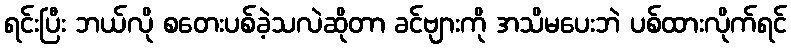
ရင်းပြီး ဘယ်လို စတေးပစ်ခဲ့သလဲဆိုတာ ခင်ဗျားကို အသိမပေးဘဲ ပစ်ထားလိုက်ရင်